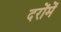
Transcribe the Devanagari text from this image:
दरोंमें